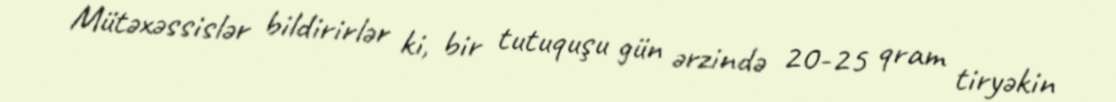
Mütəxəssislər bildirirlər ki, bir tutuquşu gün ərzində 20-25 qram tiryəkin